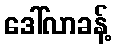
ဒေါ်လာခန့်